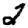
Digit: 2